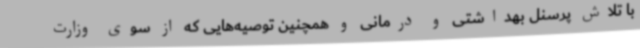
با تلاش پرسنل بهداشتی و درمانی و همچنین توصیه‌هایی که از سوی وزارت